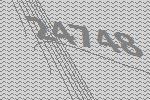
24748